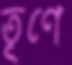
তূণে